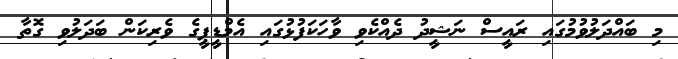
މި ބައްދަލުވުމުގައި ރައީސް ނަޝީދު ދެއްކެވި ވާހަކަފުޅުގައި އެމްޑީޕީގެ ވެރިކަން ބަދަލުވި ގޮތާ